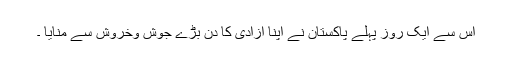
اس سے ایک روز پہلے پاکستان نے اپنا آزادی کا دن بڑے جوش وخروش سے منایا ۔